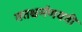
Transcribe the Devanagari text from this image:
ततश्चर्मणवती